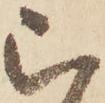
被